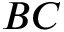
B C